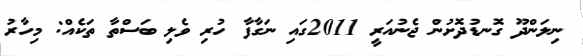
ނިލަންދޫ ގޮނޑުދޮށުން ޖެނުއަރީ 2011ގައި ނަގާފާ ހުރި ވެލި ބަސްތާ ތަކެއް: މިހާރު